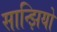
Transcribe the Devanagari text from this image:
सान्झियो